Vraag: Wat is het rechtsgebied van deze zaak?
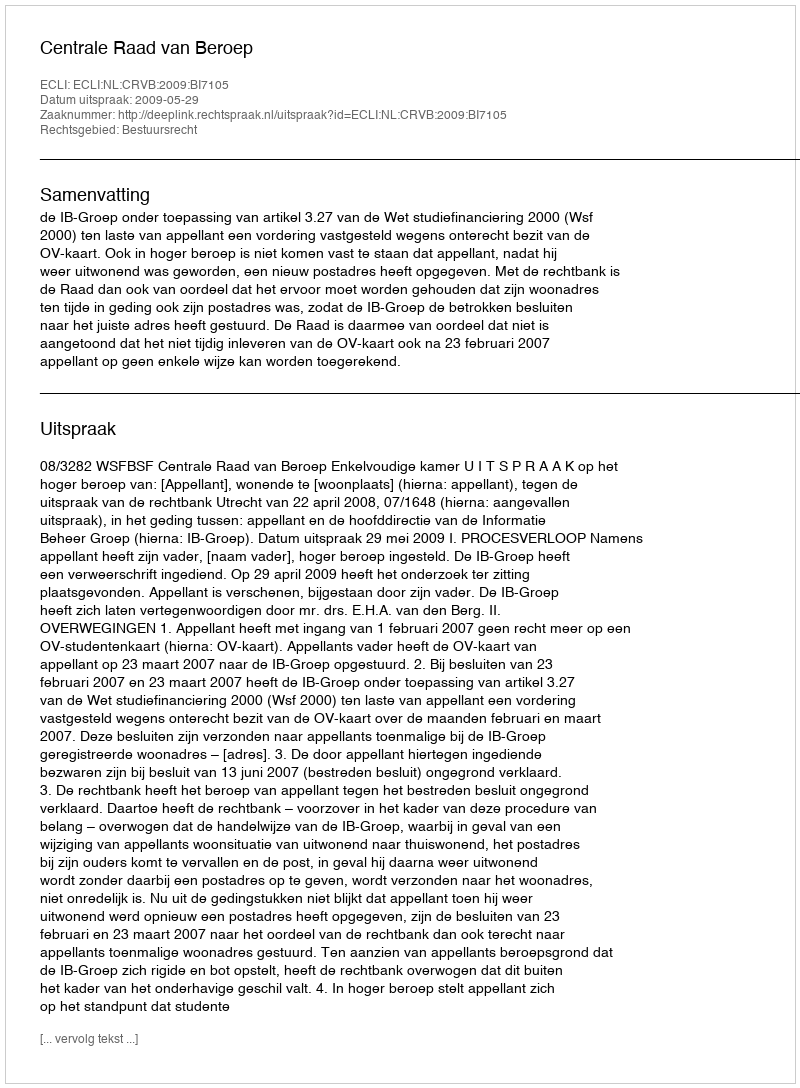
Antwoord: Bestuursrecht